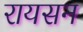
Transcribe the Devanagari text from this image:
रायसन